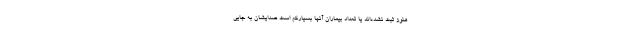
هنوز ثبت نشده‌اند یا تعداد بیماران آنها بسیارکم است صدایشان به جایی